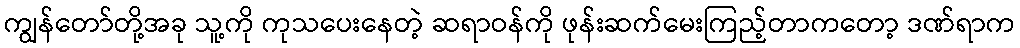
ကျွန်တော်တို့အခု သူ့ကို ကုသပေးနေတဲ့ ဆရာဝန်ကို ဖုန်းဆက်မေးကြည့်တာကတော့ ဒဏ်ရာက